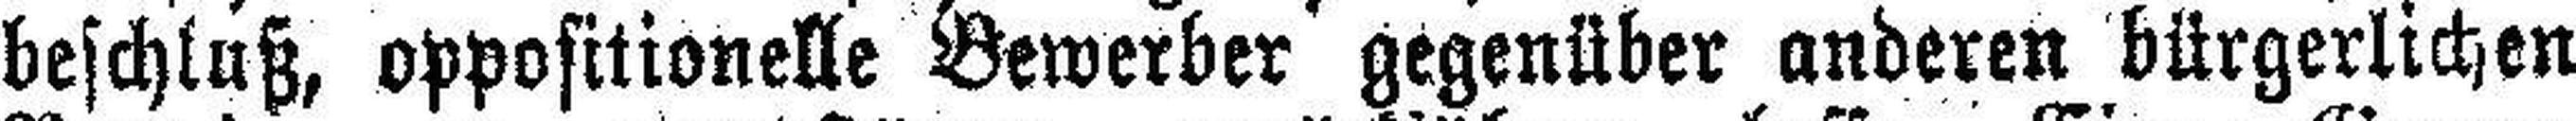
beschluß, oppositionelle Bewerber gegenüber anderen bürgerlichen